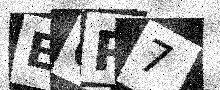
Text: EOR7